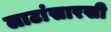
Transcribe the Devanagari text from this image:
लाटांसारखी